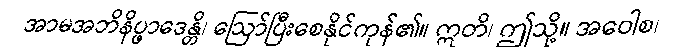
အာမအဘိနိပ္ဖာဒေန္တိ၊ ဩော်ပြီးစေနိုင်ကုန်၏။ ဣတိ၊ ဤသို့။ အဝေါစ၊